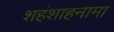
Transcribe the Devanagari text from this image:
शहंशाहनामा